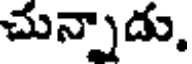
చున్నాడు.